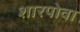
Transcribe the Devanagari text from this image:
शारपोवा